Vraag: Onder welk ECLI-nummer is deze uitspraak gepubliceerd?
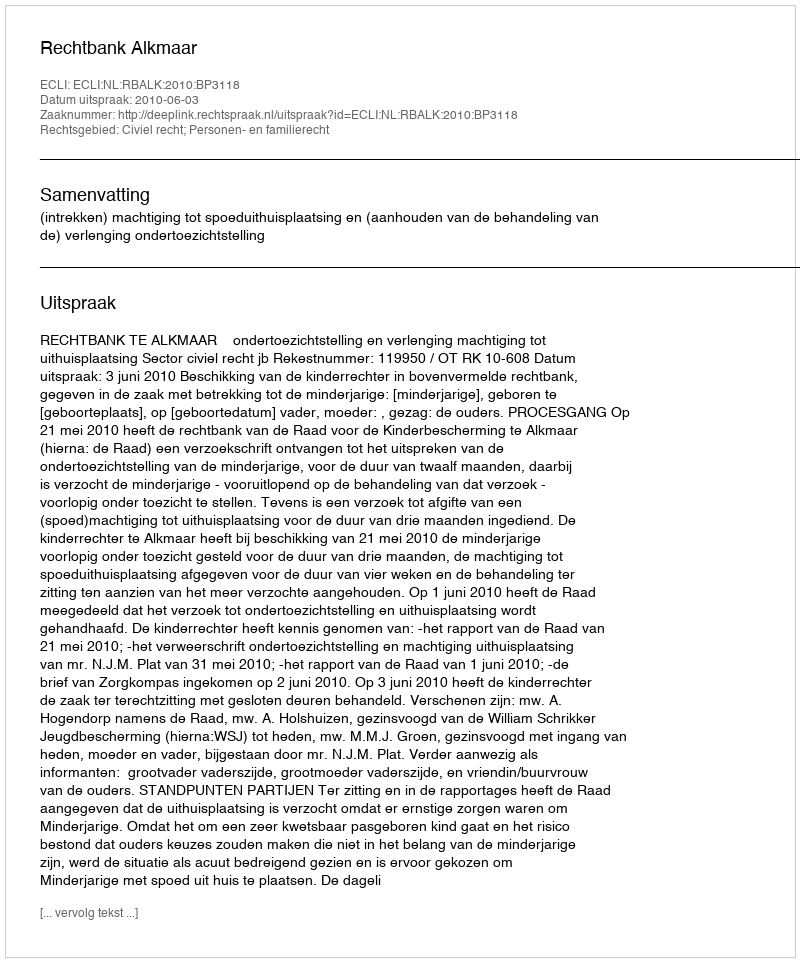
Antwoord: ECLI:NL:RBALK:2010:BP3118